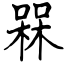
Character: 槑